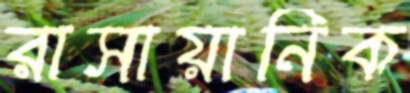
রাসায়ানিক